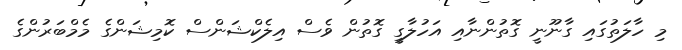
މި ހާލަތުގައި ގާނޫނީ ގޮތުންނާއި އަހުލާގީ ގޮތުން ވެސް އިލެކްޝަންސް ކޮމިޝަންގެ މެމްބަރުންގެ